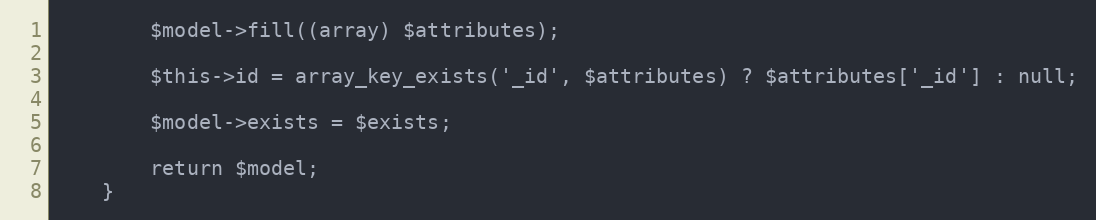
Language: PHP
        $model->fill((array) $attributes);

        $this->id = array_key_exists('_id', $attributes) ? $attributes['_id'] : null;

        $model->exists = $exists;

        return $model;
    }